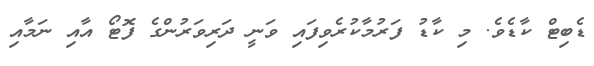
ޑެބިޓް ކާޑެވެ. މި ކާޑު ފަރުމާކުރެވިފައި ވަނީ ދަރިވަރުންގެ ފޮޓޯ އާއި ނަމާއި